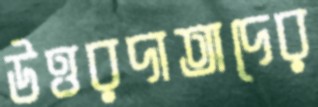
উত্তরদাতাদের